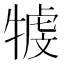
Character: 𤚳